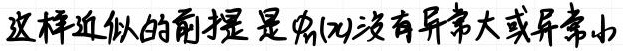
这样近似的前提是$f(x)$没有异常大或异常小